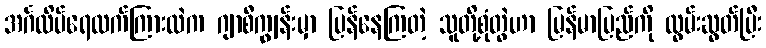
အင်္ဂလိပ်ရေလက်ကြားထဲက ဂျာစီကျွန်းမှာ ပြန်နေကြတဲ့ သူတို့စုံတွဲဟာ မြန်မာပြည်ကို လွမ်းဆွတ်ပြီး